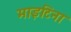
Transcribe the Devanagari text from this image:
माइटिना